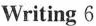
Writing 6